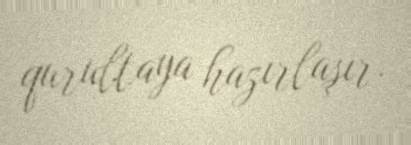
qurultaya hazırlaşır.